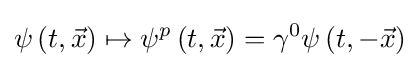
\psi \left(t,{\vec {x}}\right)\mapsto \psi ^{p}\left(t,{\vec {x}}\right)=\gamma ^{0}\psi \left(t,-{\vec {x}}\right)